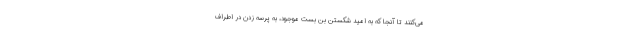
می‌کنند تا آنجا که به امید شکستن بن بست موجود، به پرسه زدن در اطراف